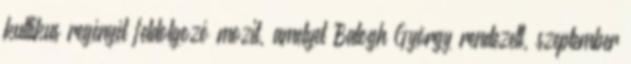
kultikus regényét feldolgozó mozit, amelyet Balogh György rendezett, szeptember